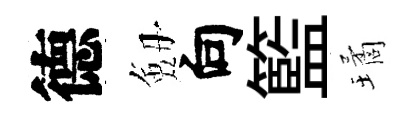
德劔向籃璚